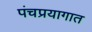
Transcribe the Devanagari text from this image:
पंचप्रयागात